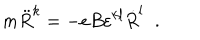
m \ddot { R } ^ { k } = - e B \varepsilon ^ { k l } \dot { R } ^ { l } \; \; .